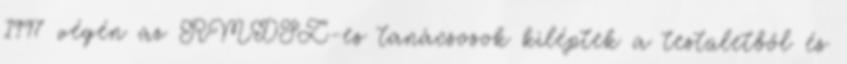
1997 végén az RMDSZ-es tanácsosok kiléptek a testületből és